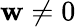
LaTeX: \mathbf{w}\ne0